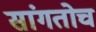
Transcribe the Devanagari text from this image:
सांगतोच